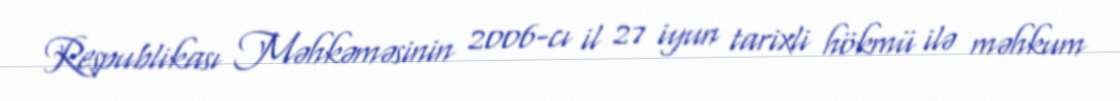
Respublikası Məhkəməsinin 2006-cı il 27 iyun tarixli hökmü ilə məhkum